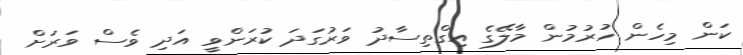
ކަން މިހެން ހުރުމުން މާލޭގެ އިގްތިސާދު ވަރުގަދަ ކުރަންވީ އަދި ވެސް ވަަރަށް